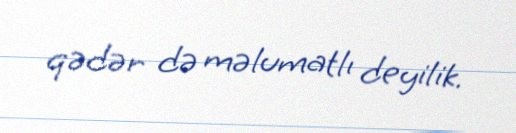
qədər də məlumatlı deyilik.